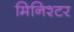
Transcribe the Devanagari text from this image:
मिनिश्टर